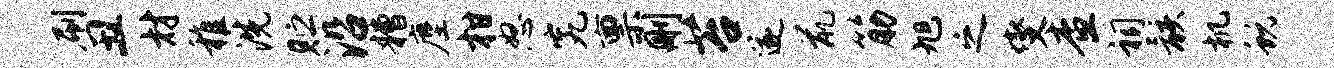
刷丑材稚洗贮沿糟麈柑怒究禀删苔遂鼠筋旭之燮查祠骸机蜕